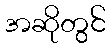
အဆိုတွင်